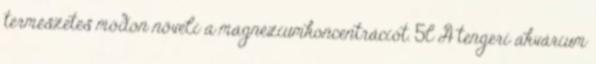
természetes módon növeli a magnéziumkoncentrációt. 5l A tengeri akvárium